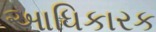
આધિકારક